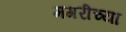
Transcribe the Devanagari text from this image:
मगरीच्या